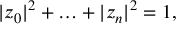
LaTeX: | z _ { 0 } | ^ { 2 } + \ldots + | z _ { n } | ^ { 2 } = 1 ,